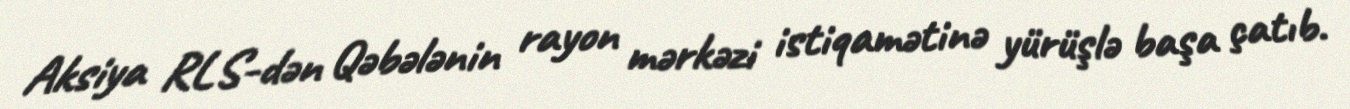
Aksiya RLS-dən Qəbələnin rayon mərkəzi istiqamətinə yürüşlə başa çatıb.